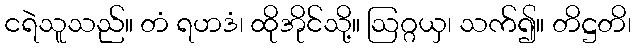
ငရဲသူသည်။ တံ ရဟဒံ၊ ထိုအိုင်သို့။ ဩဂ္ဂယှ၊ သက်၍။ တိဋ္ဌတိ၊